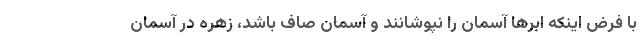
با فرض اینکه ابرها آسمان را نپوشانند و آسمان صاف باشد، زهره در آسمان